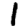
Digit: 1